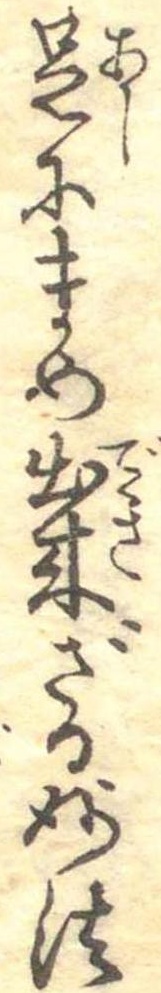
足にまめ出来ざる妙法